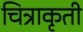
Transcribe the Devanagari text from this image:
चित्राकृती